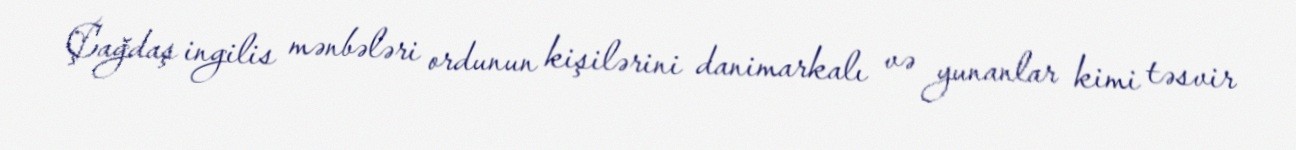
Çağdaş ingilis mənbələri ordunun kişilərini danimarkalı və yunanlar kimi təsvir